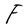
Character: F